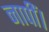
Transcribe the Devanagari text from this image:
नापीं।